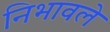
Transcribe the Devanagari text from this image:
निभावले